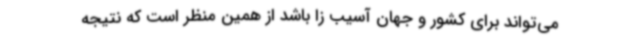
می‌تواند برای کشور و جهان آسیب زا باشد از همین منظر است که نتیجه